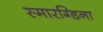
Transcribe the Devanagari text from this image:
स्मारग्डिना